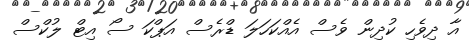
އާ ދިވެހި ކުދިން ވެސް އެއްކަހަލަ ޑްރެސް އަޕްކަ ސޯ އިޓް ލުކްސް